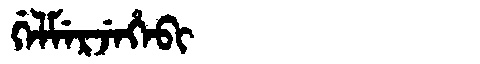
Manchu: ᡤᡝᠯᠮᡝᡵᠵᡝᡥᡝᠪᡳ
Romanization: GELMERJEHEBI